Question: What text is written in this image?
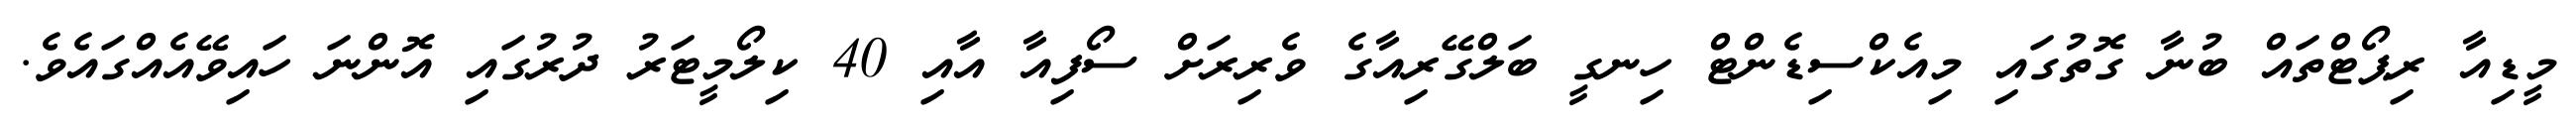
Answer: މީޑިއާ ރިޕޯޓްތައް ބުނާ ގޮތުގައި މިއެކްސިޑެންޓް ހިނގީ ބަލްގޭރިއާގެ ވެރިރަށް ސޯފިއާ އާއި 40 ކިލޯމީޓަރު ދުރުގައި އޮންނަ ހައިވޭއެއްގައެވެ.